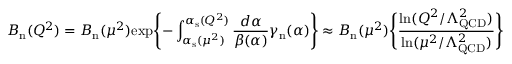
B _ { \mathrm { n } } ( Q ^ { 2 } ) = B _ { \mathrm { n } } ( \mu ^ { 2 } ) \mathrm { e x p } \Biggl \{ - \int _ { \alpha _ { \mathrm { s } } ( \mu ^ { 2 } ) } ^ { \alpha _ { \mathrm { s } } ( Q ^ { 2 } ) } \frac { d \alpha } { \beta ( \alpha ) } \gamma _ { \mathrm { n } } ( \alpha ) \Biggr \} \approx B _ { \mathrm { n } } ( \mu ^ { 2 } ) \Biggl \{ \frac { \ln ( Q ^ { 2 } / \Lambda _ { \mathrm { Q C D } } ^ { 2 } ) } { \ln ( \mu ^ { 2 } / \Lambda _ { \mathrm { Q C D } } ^ { 2 } ) } \Biggr \} ^ { - \gamma _ { \mathrm { n } } } .